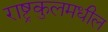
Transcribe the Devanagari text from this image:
राष्ट्रकुलमधील